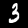
Digit: 3